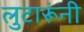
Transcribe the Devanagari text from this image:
लुटारूंनी